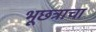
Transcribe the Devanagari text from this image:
भूछत्राचा